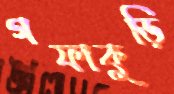
গফাকুড়ি